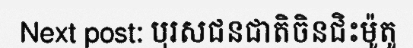
Next post: បុរសជនជាតិចិនជិះម៉ូតូ